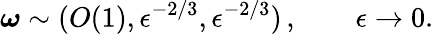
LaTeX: \boldsymbol{\omega}\sim(O(1),\epsilon^{-2/3},\epsilon^{-2/3})\, ,\qquad\epsilon\to 0.